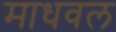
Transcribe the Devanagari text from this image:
माधवल